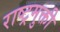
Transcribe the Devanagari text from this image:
राष्ट्रमुक्ती